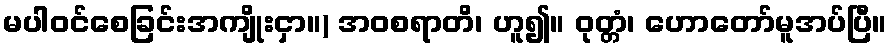
မပါဝင်စေခြင်းအကျိုးငှာ။) အဝစရာတိ၊ ဟူ၍။ ဝုတ္တံ၊ ဟောတော်မူအပ်ပြီ။